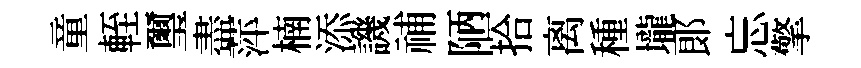
童輊璽盡萍楠添譏𥙷陋拾离種壠郞忘擎